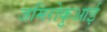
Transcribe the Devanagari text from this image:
जमिरोकुआई